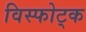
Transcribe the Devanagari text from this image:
विस्फोट्क